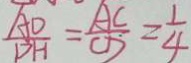
\frac { A D } { D H } = \frac { A C } { C D } = \frac { 1 } { 4 }